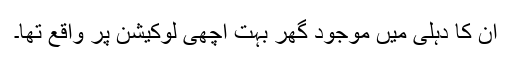
ان کا دہلی میں موجود گھر بہت اچھی لوکیشن پر واقع تھا۔